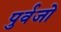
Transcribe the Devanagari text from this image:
पुर्वजो